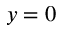
y = 0